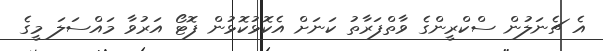
އެ ޗެނަލުން ސްކްރީންގެ ވާތްފަރާތު ކަނަށް އެކޮޅުކޮޅުން ފޮޓޯ އަރުވާ މައްސަލަ މީގެ